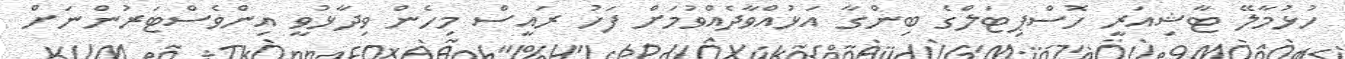
ހުޅުމާލޭ ޓާޝިއަރީ ހޮސްޕިޓަލްގެ ބިންގާ އަޅުއްވާދެއްވުމަށް ފަހު ރައީސް މިހެން ވިދާޅުވީ އިންވެސްޓަރުންނަށް